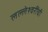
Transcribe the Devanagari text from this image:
लल्लेश्वरींची